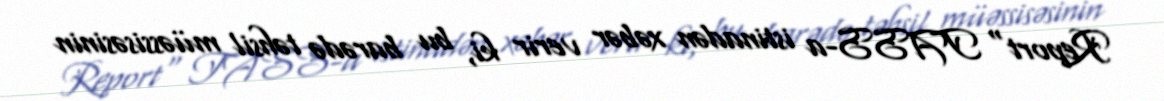
Report" TASS-a istinadən xəbər verir ki, bu barədə təhsil müəssisəsinin